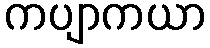
ကပျာကယာ